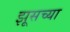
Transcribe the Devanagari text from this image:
झूसच्या